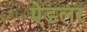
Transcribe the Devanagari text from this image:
ऐडलर